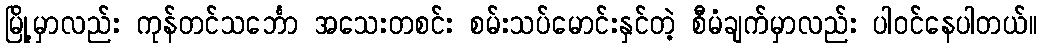
မြို့မှာလည်း ကုန်တင်သင်္ဘော အသေးတစင်း စမ်းသပ်မောင်းနှင်တဲ့ စီမံချက်မှာလည်း ပါဝင်နေပါတယ်။